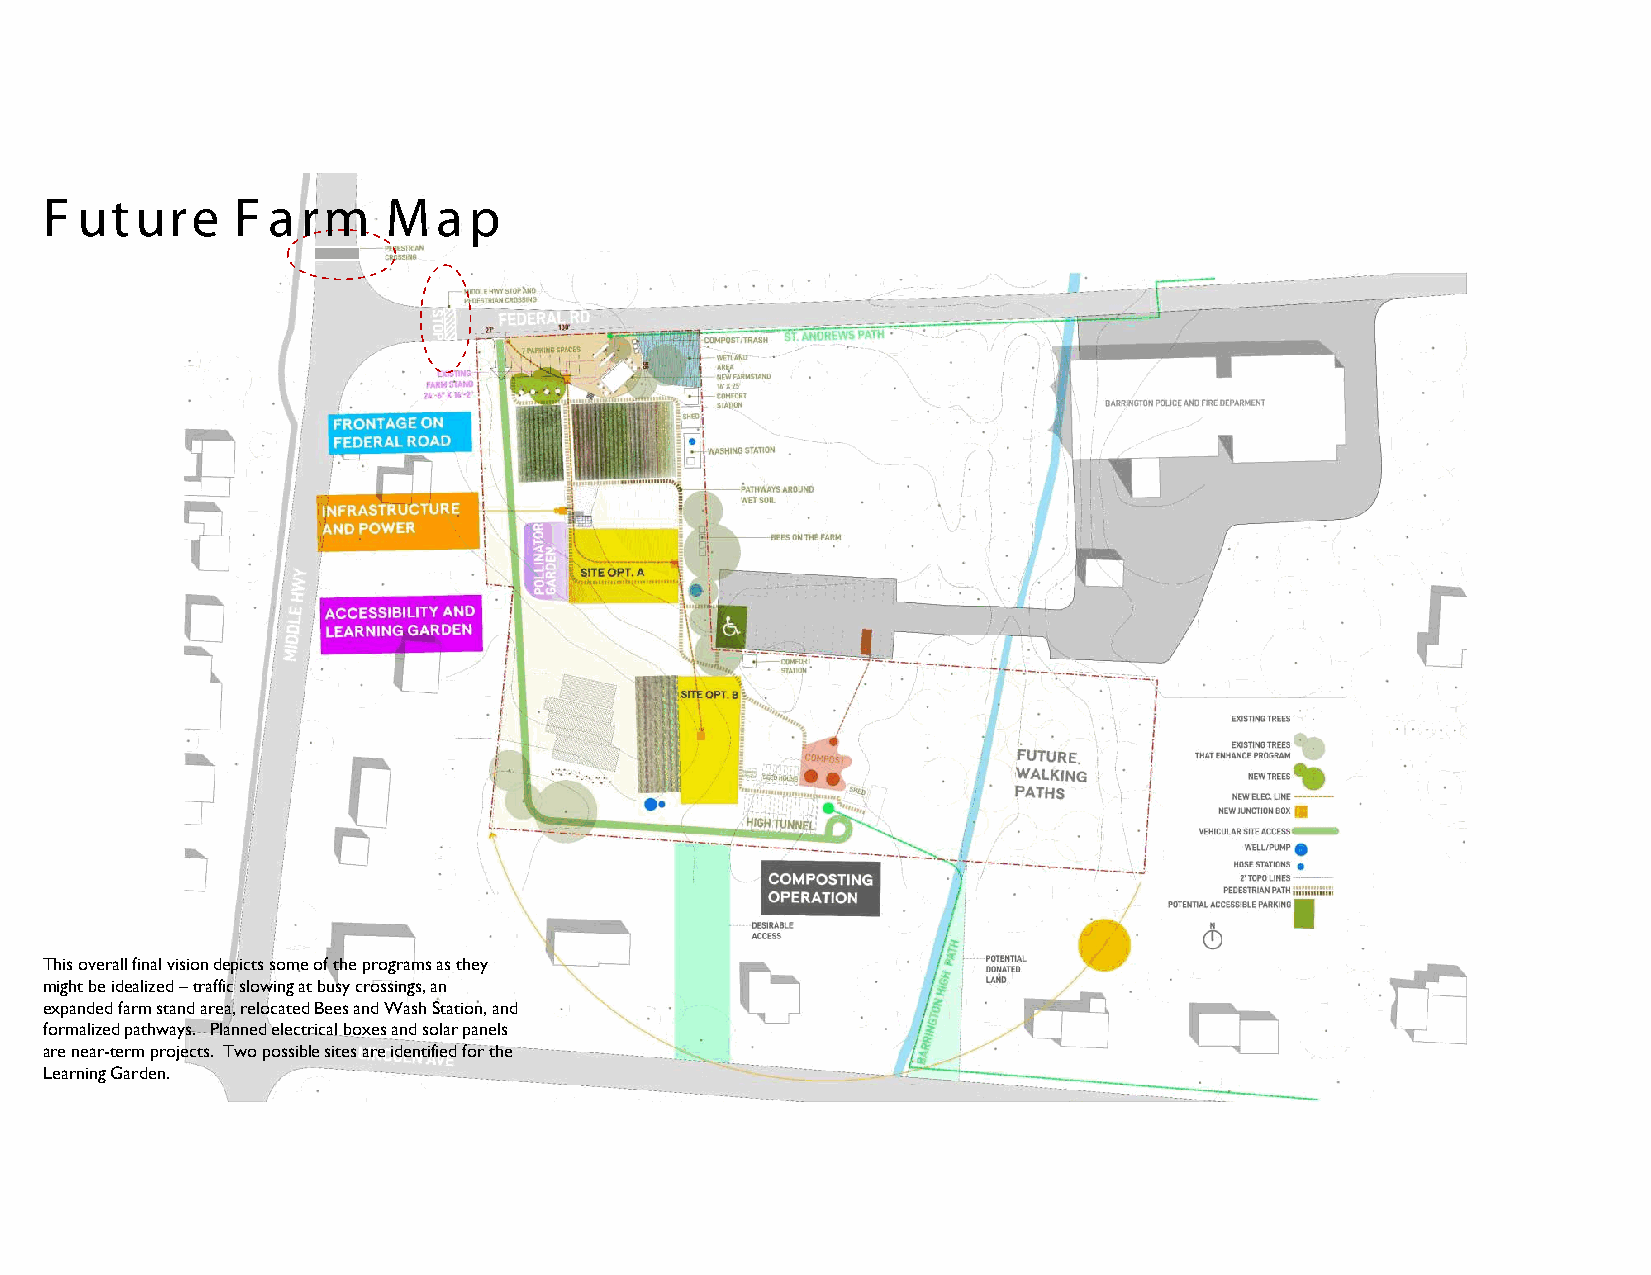
F uture     F  arm     Map
 This overall final vision depicts some of the programs as they
 might be idealized –traffic slowing at busy crossings, an
 expanded farm stand area, relocated Bees and Wash Station, and
 formalized pathways. Planned electrical boxes and solar panels
 are near-term projects. Two possible sites are identified for the
 Learning Garden.